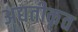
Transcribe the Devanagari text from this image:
अद्यतीकृत